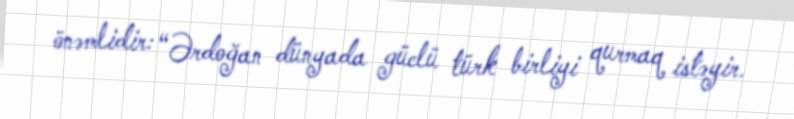
önəmlidir: “Ərdoğan dünyada güclü türk birliyi qurmaq istəyir.